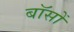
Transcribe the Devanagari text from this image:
बॉसों